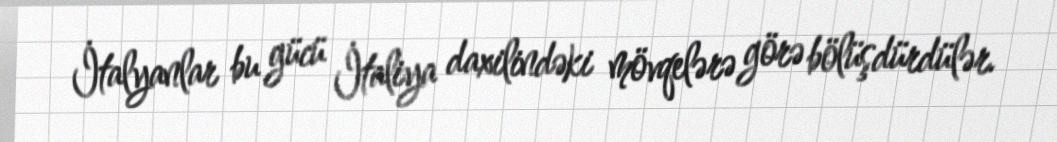
İtalyanlar bu gücü İtaliya daxilindəki mövqelərə görə bölüşdürdülər.